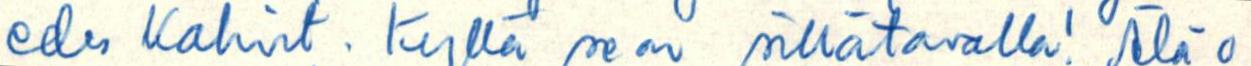
edes kahvit. Kyllä se on sillä tavalla! Älä o